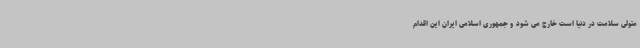
متولی سلامت در دنیا است خارج می شود و جمهوری اسلامی ایران این اقدام